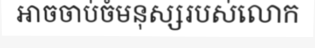
អាចចាប់ចំមនុស្សរបស់លោក